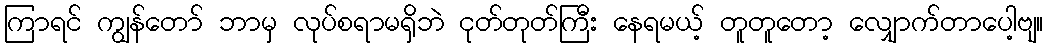
ကြာရင် ကျွန်တော် ဘာမှ လုပ်စရာမရှိဘဲ ငုတ်တုတ်ကြီး နေရမယ့် တူတူတော့ လျှောက်တာပေါ့ဗျ။